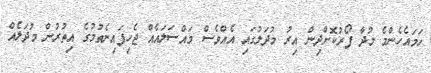
ހަމައެހެންމެ މުދާ ފޯރުކޮށްދިން އިރު މުދަލުގައި އެއްވެސް މައްސަލައެއް ޖެހިފައިނެތުމުގެ އިތުރުން މުދަލެއް